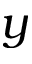
y